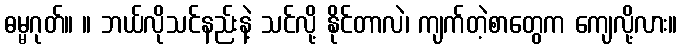
ဓမ္မဂုတ်။ ။ ဘယ်လိုသင်နည်းနဲ့ သင်လို့ နိုင်တာလဲ၊ ကျက်တဲ့စာတွေက ကျေလို့လား။